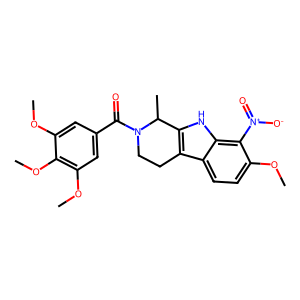
SMILES: COc1cc(C(=O)N2CCc3c([nH]c4c([N+](=O)[O-])c(OC)ccc34)C2C)cc(OC)c1OC
Inhibits HIV replication: No